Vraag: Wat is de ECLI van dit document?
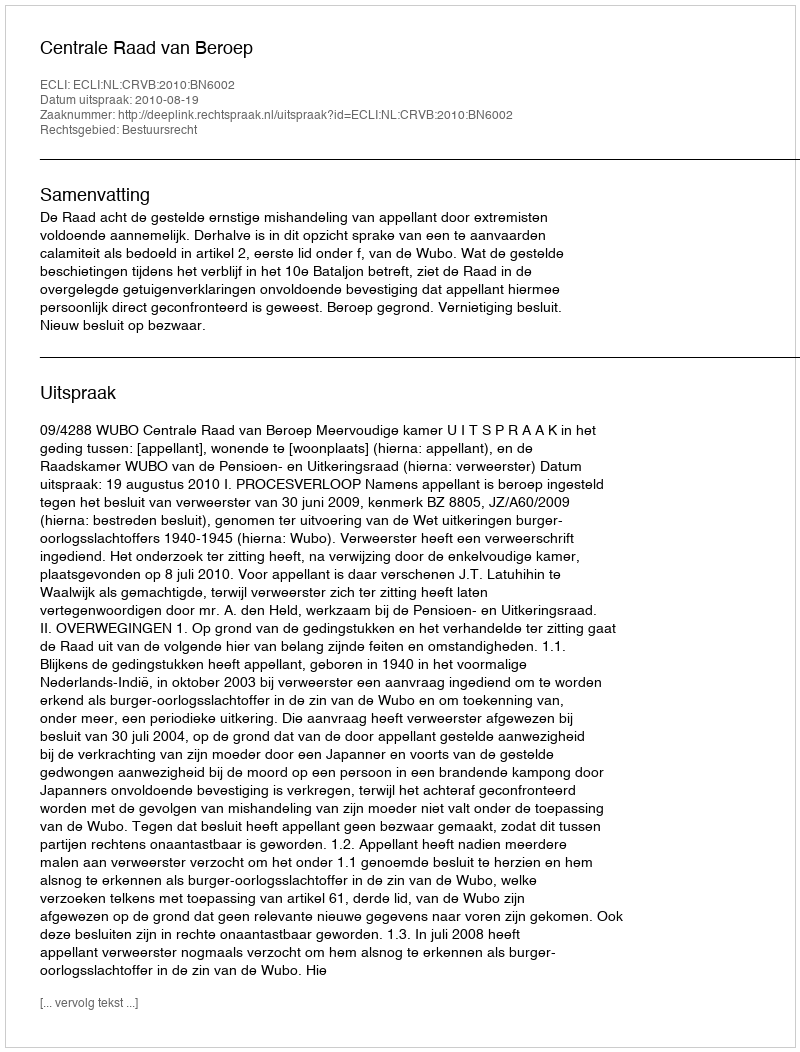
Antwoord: ECLI:NL:CRVB:2010:BN6002